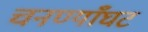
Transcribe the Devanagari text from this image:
चनण्याँघट